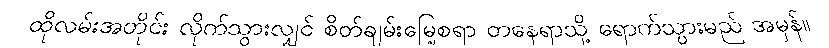
ထိုလမ်းအတိုင်း လိုက်သွားလျှင် စိတ်ချမ်းမြေ့စရာ တနေရာသို့ ရောက်သွားမည် အမှန်။